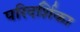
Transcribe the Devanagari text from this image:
परिदर्शिका